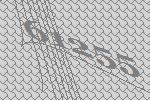
61255